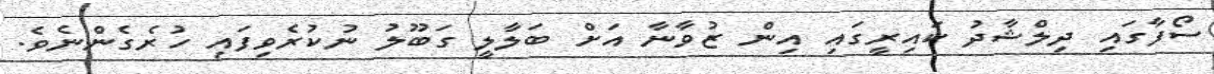
ސޯފާގައި ދިލްޝާދު ކައިރީގައި އިން ޒުވާނާ އަށް ބަލާލީ ގަބޫލު ނުކުރެވިފައި ހުރެގެންނެވެ.